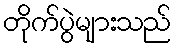
တိုက်ပွဲများသည်